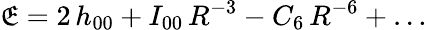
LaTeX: \mathfrak{E}=2\, h_{00}+I_{00}\, R^{-3}-C_{6}\, R^{-6}+\dots